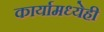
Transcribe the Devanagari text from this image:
कार्यामध्येही